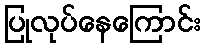
ပြုလုပ်နေကြောင်း